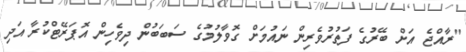
"ރާއްޖެ އަށް ބޭރުގެ ފަތުރުވެރިން ނައުމަށް ގޮވާލުމުގެ ސަބަބުން ދިވެހިން އޮޕަރޭޓްކުރާ އަދި